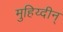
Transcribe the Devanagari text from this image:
मुहिय्दीन्